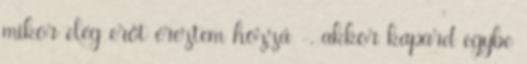
mikor elég erőt éreztem hozzá -, akkor kapard egybe